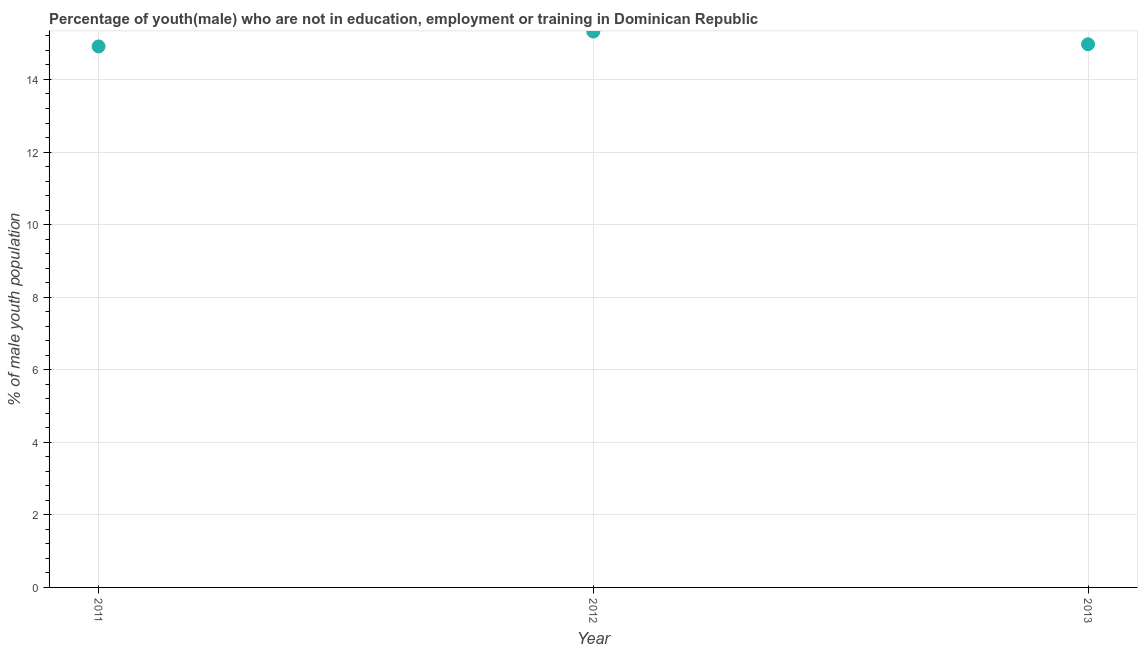
| Year | Unemployed(male) |
 | --- | --- |
 | 2011 | 14.9 |
 | 2012 | 15.3 |
 | 2013 | 15 |